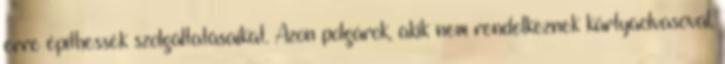
erre építhessék szolgáltatásaikat. Azon polgárok, akik nem rendelkeznek kártyaolvasóval,